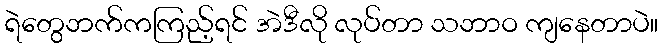
ရဲတွေဘက်ကကြည့်ရင် အဲဒီလို လုပ်တာ သဘာဝ ကျနေတာပဲ။